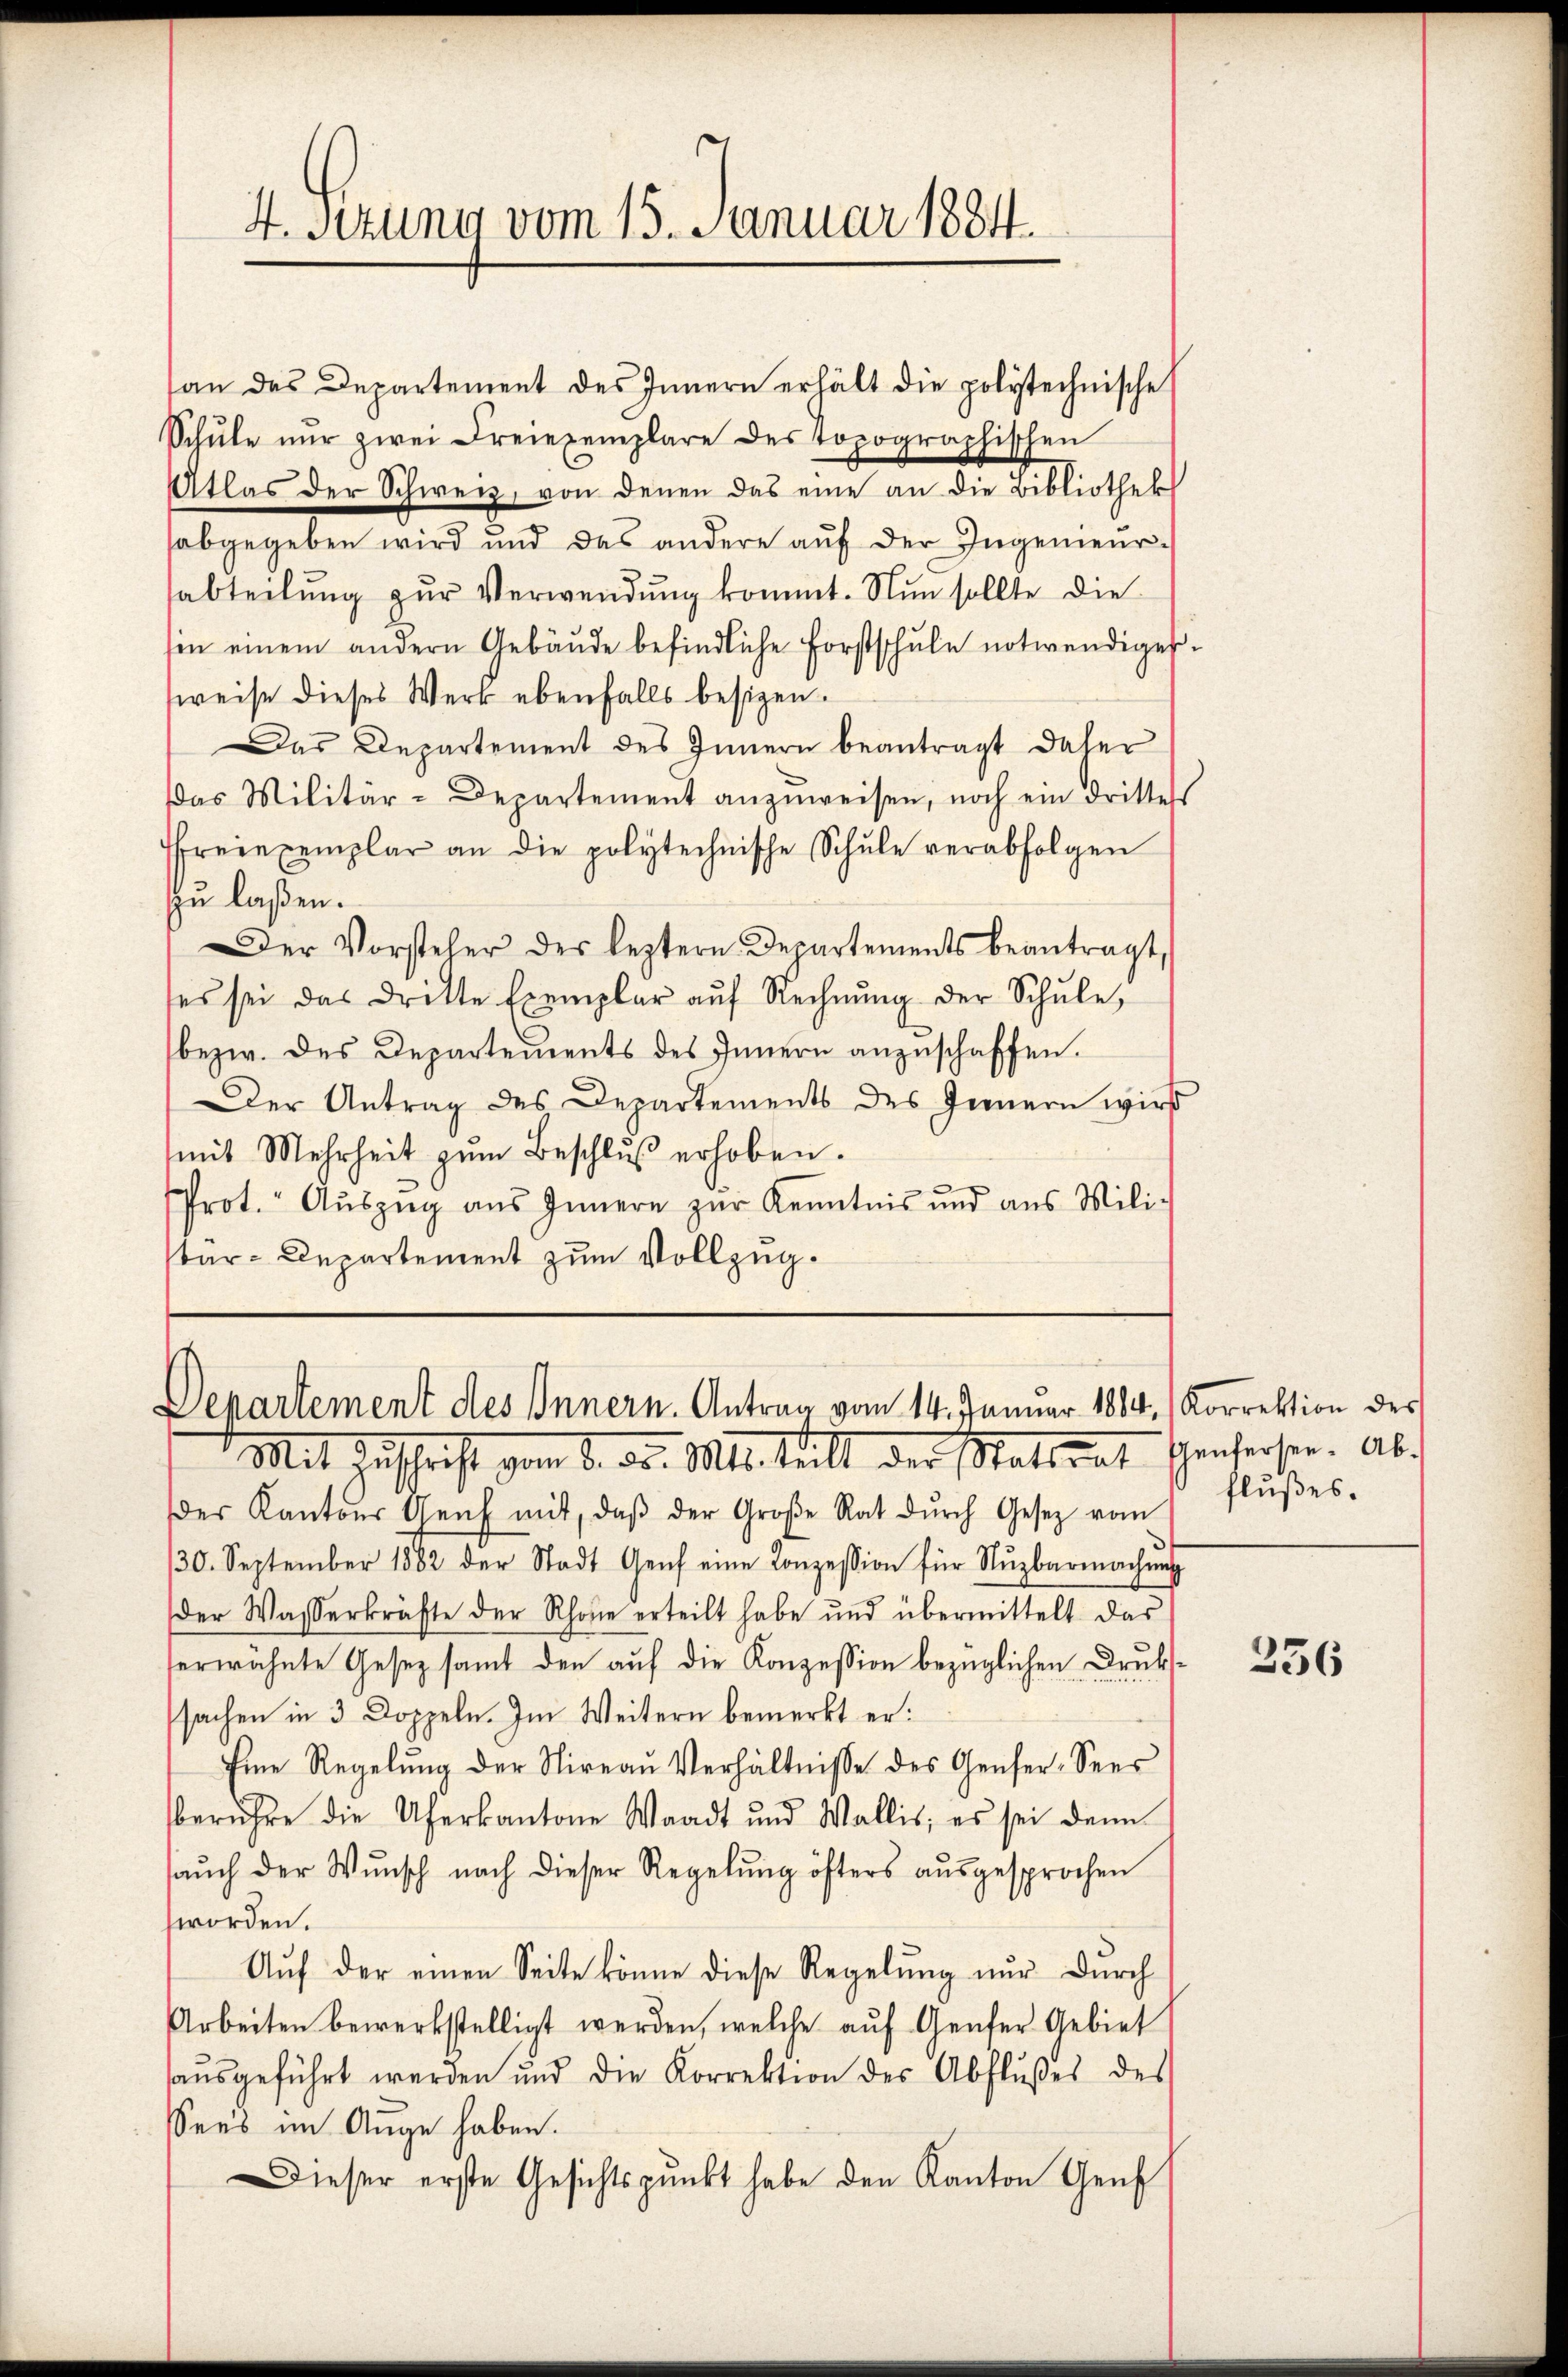
4. sezung vom 15. Januar 1884.

Departement des Innern. Antrag vom 14. Januar 1884.

an das Departement des Innern erhält die polytechnische
Schŭle nur zwei Dreiexemplare des topographischen
Atlas der Schweiz, von denen das eine an die Bibliothek
sabgegeben wird und das andere aŭf der Ingenieur-
abteilung zur Verwendung kommt. Nun sollte die
sen einem andern Gebäŭde befindliche Forstschŭle notwendiger
weise dieses Werk ebenfalls besizen.
Das Departement des Innern beantragt dahei
Das Militär-Departement anzŭweisen, noch ein drittels
freiexemplar an die polytechnische Schule verabfolgen
zu laßen.
Der Vorsteher der leztern Departements beantragt,
ses sei das dritte Exemplar aŭf Rechnŭng der Schŭle,
bezw. des Departements des Innern anzuschaffen.
Der Antrag des Departements des Jennern wird
mit Mehrheit zŭm Beschlŭβ erhoben.
Prot. Aŭszŭg aŭs Innern zur Kenntnis und aus Mili-
tär-Departement zum Vollzug.

Korrektion des
flußes.

Mit Zuschrift vom 8. d. Mts. teilt der Stattent Genferser. Ab
er Kantons Genf mit, daβ der Große Rat dŭrch Gesetz vom
30. September 1882 der Stadt Genf eine Konzession für Nŭzbarmachung
der Wasserkräfte der Rhone erteilt habe und übermittelt das
serwähnte Gesez samt den auf die Konzession bezüglichen Drukssachen in 3 Doppeln. Im Weitern bemerkt er:
Eine Regelŭng der Nireaŭ Verhältnisse des Genfer-Seer
berühre die Uferkantone Waadt und Wallis, es sei denn
aŭch der Wŭnsch nach dieser Regelŭng öfters aŭsgesprochen
worden.
Aŭf der einen Seite könne diese Regelŭng nŭr dŭrch
Arbeiten bewerkstelligt werden, welche auf Genfer Gebiet
haŭsgeführt werden und die Korrektion des Abflußes des
Sees im Auge haben.
Dieser erste Gesichtspunkt habe den Kanton Genf

236